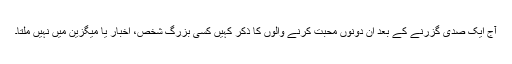
آج ایک صدی گزرنے کے بعد ان دونوں محبت کرنے والوں کا ذکر کہیں کسی بزرگ شخص، اخبار یا میگزین میں نہیں ملتا۔